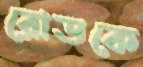
রোডকে